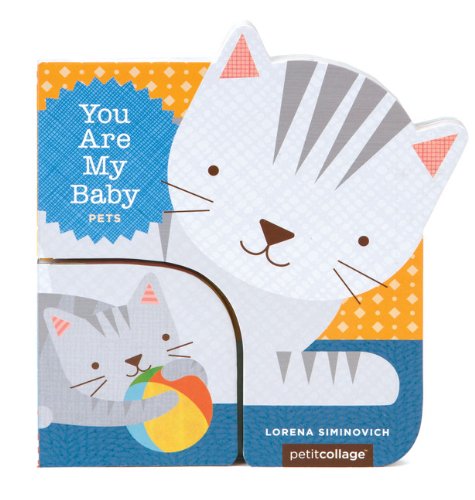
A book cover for You Are My Baby: Pets; Children's Books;